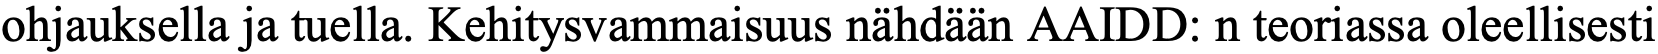
ohjauksella ja tuella. Kehitysvammaisuus nähdään AAIDD: n teoriassa oleellisesti